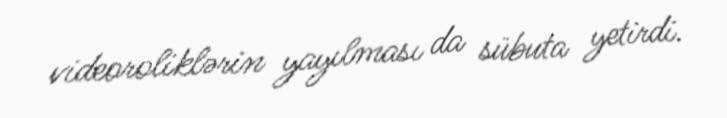
videoroliklərin yayılması da sübuta yetirdi.